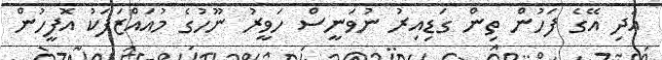
އަދި އޭގެ ފަހުން ތިން ގަޑިއިރު ނުވަނީސް ހަވީރު ނޫހުގެ މުއައްޒަފަކު އޮފީހުން